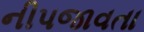
નીપજાવતા